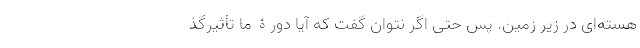
هسته‌ای در زیر زمین. پس حتی اگر نتوان گفت که آیا دورۀ ما تأثیر‌گذ